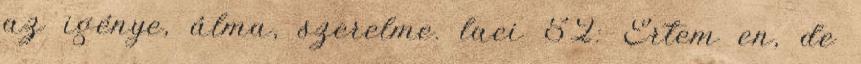
az igénye, álma, szerelme. laci 52: Ertem en, de